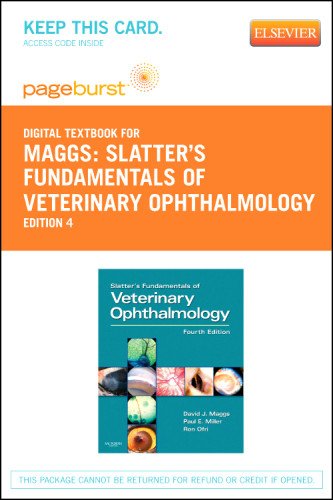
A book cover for Slatter's Fundamentals of Veterinary Ophthalmology - Pageburst E-Book on VitalSource (Retail Access Card), 4e; David Maggs BVSc(Hons)  DAVCO; Medical Books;